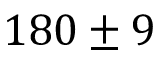
1 8 0 \pm 9